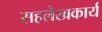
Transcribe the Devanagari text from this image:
सहलेखकार्य